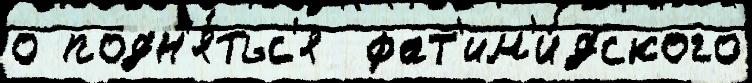
о подн'я́тьс'я  фат'им'и́дского